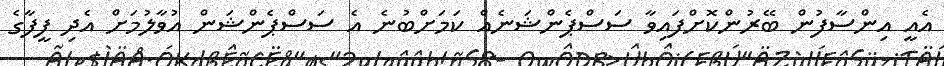
އެއީ އިންސާފުން ބޭރުންކޮށްފައިވާ ސަސްޕެންޝަނެއް ކަމަށްބުނެ އެ ސަސްޕެންޝަން އުވާލުމަށް އެދި ފީފާގެ